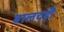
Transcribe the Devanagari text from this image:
बालदड़ी